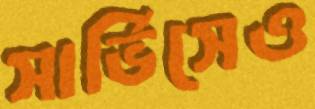
সার্ভিসেও